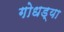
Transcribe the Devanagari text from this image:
गोधड्या